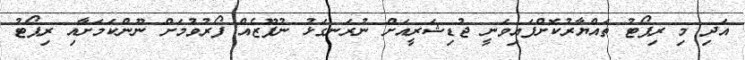
އަދި މި ރިޕޯޓު ތައްޔާރުކޮށްފައިވަނީ ޖުޑިޝަރީއަށް ނުރަނގަޅު ނުފޫޒެއް ފޯރުވުމަށް ނޫންކަމަށާއި ރިޕޯޓު